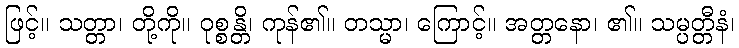
ဖြင့်။ သတ္တာ၊ တို့ကို။ ဝုစ္စန္တိ၊ ကုန်၏။ တသ္မာ၊ ကြောင့်။ အတ္တနော၊ ၏။ သမ္ပတ္တီနံ၊